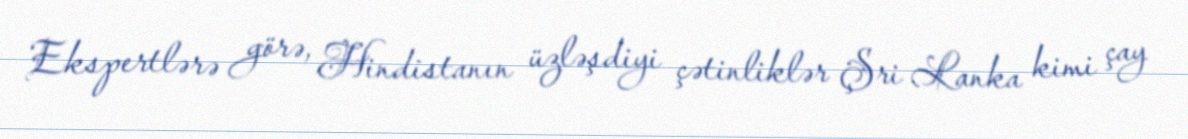
Ekspertlərə görə, Hindistanın üzləşdiyi çətinliklər Şri Lanka kimi çay